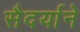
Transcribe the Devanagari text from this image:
सैदर्याने